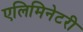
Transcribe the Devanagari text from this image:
एलिमिनेटरी